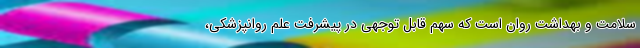
سلامت و بهداشت روان است که سهم قابل توجهی در پیشرفت علم روانپزشکی،